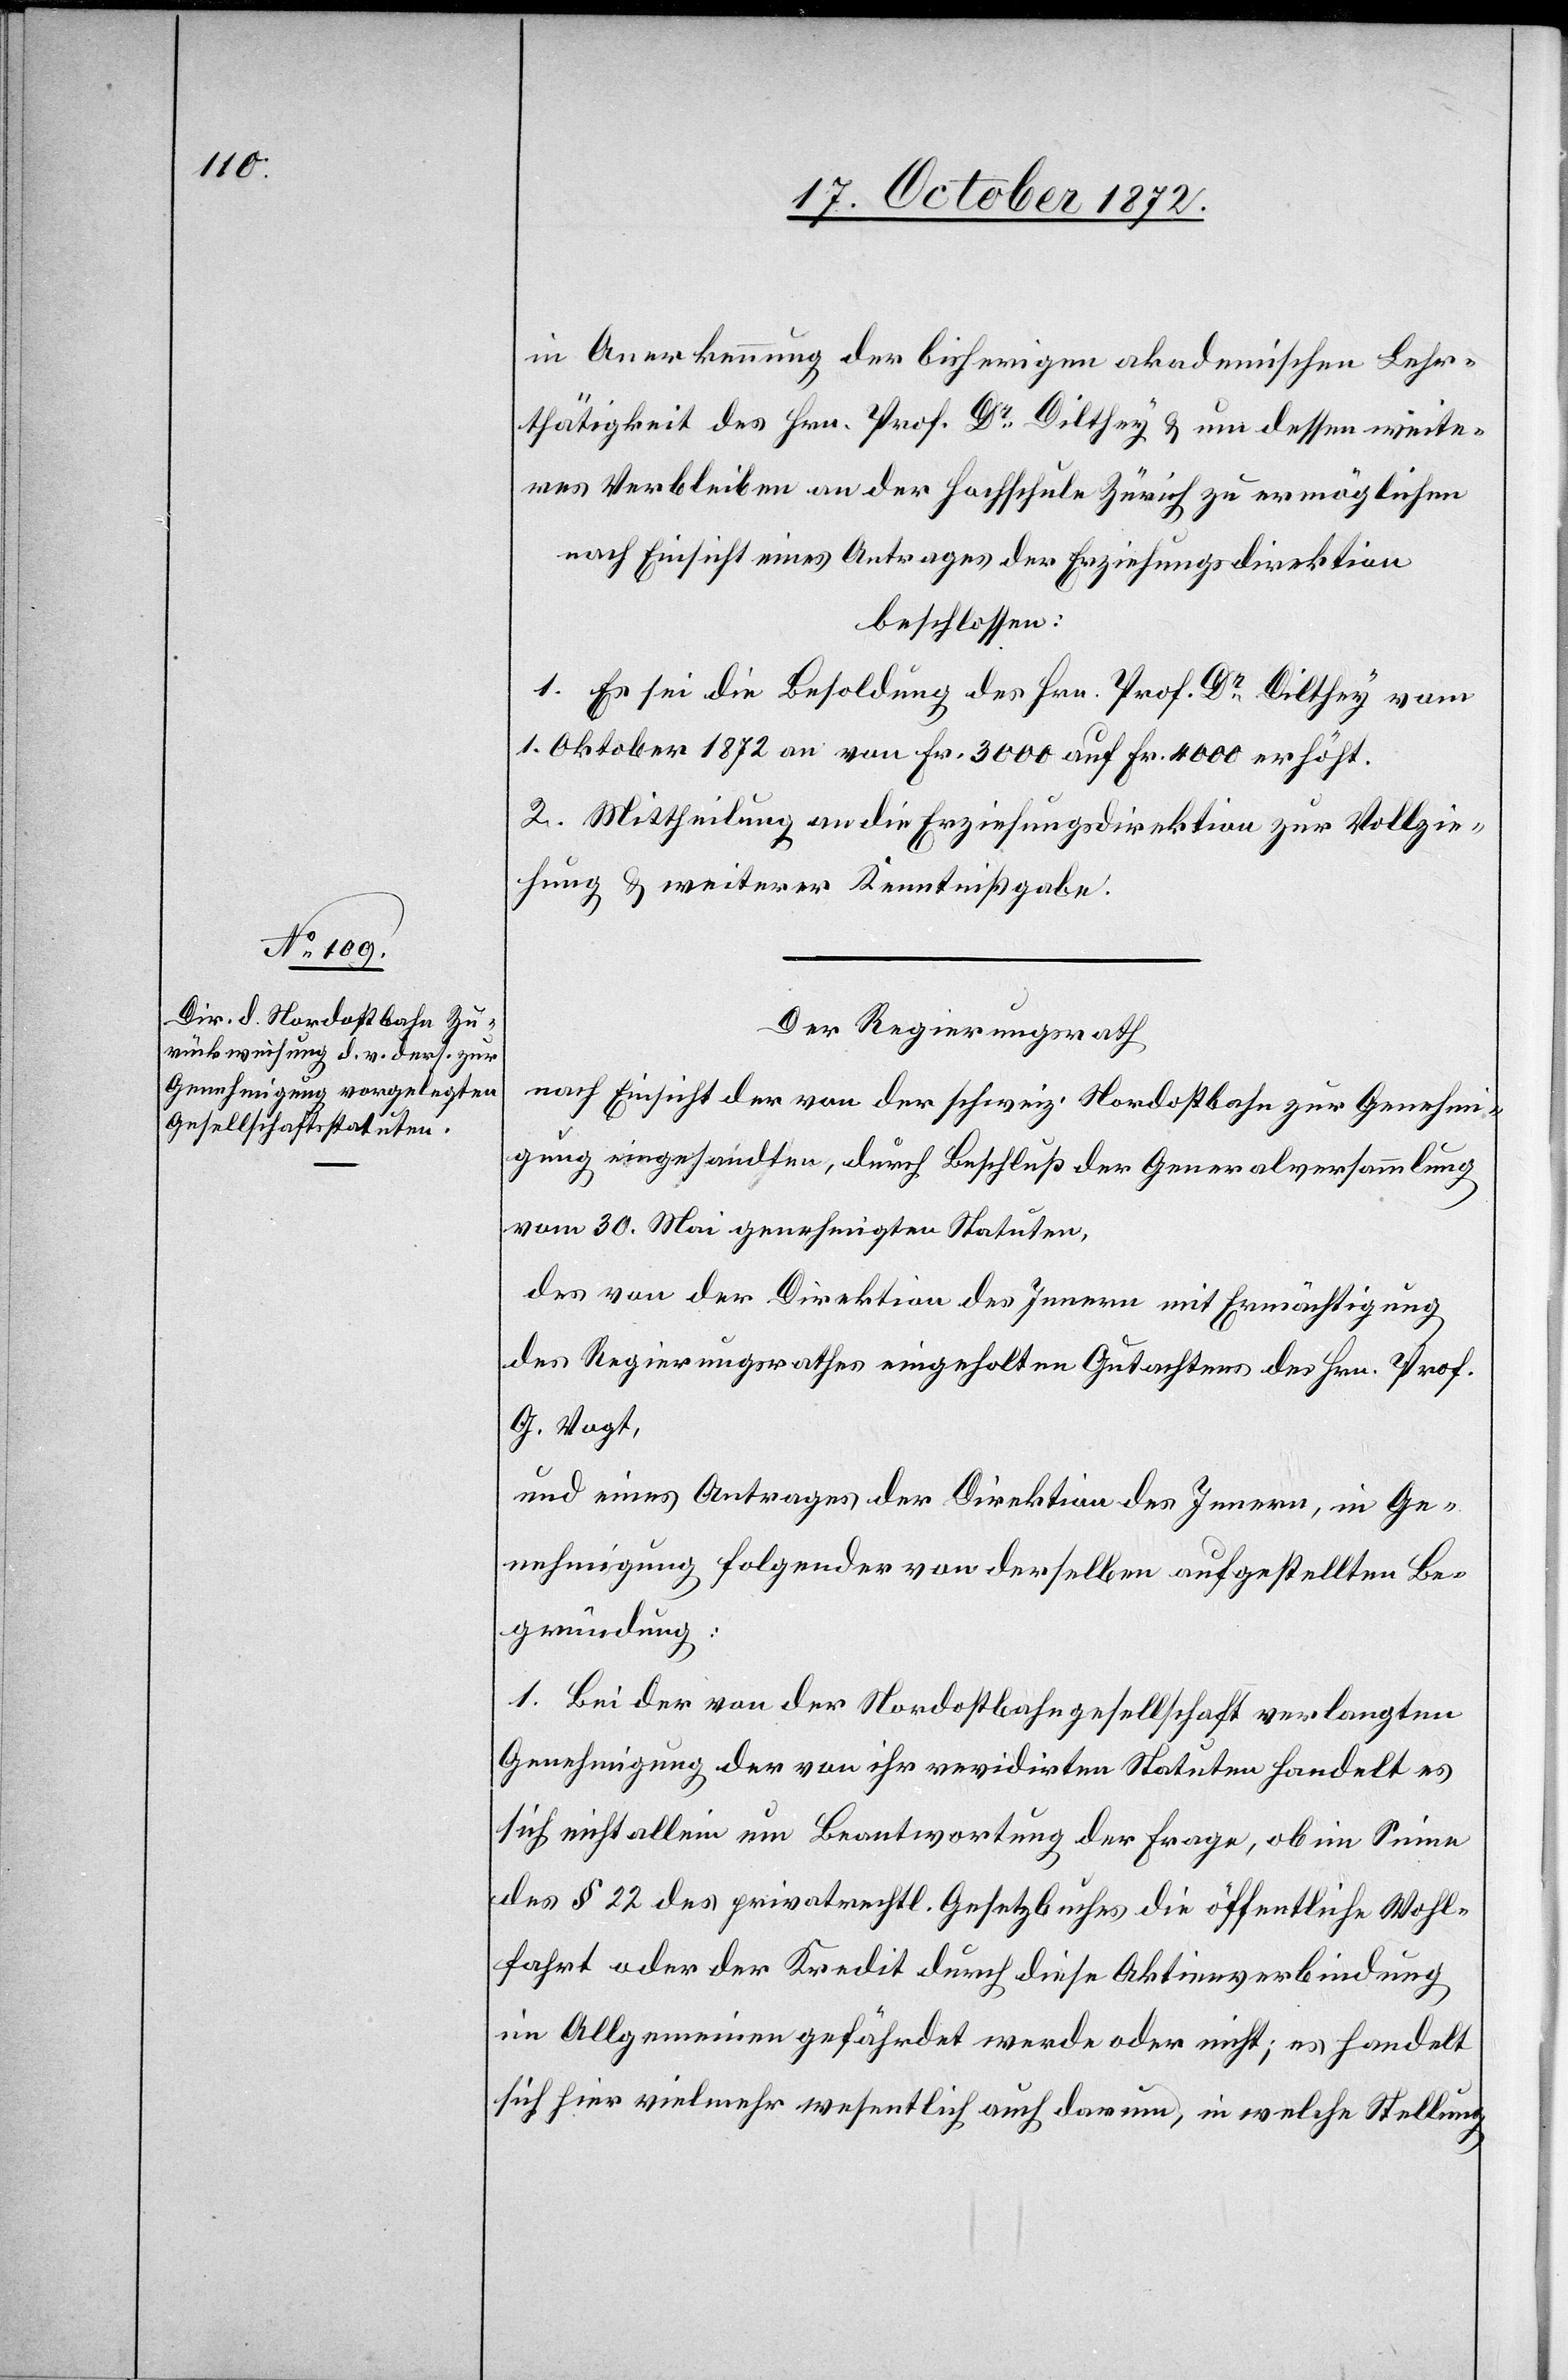
in Anerkennung der bisherigen akademischen Lehr¬
thätigkeit des Hrn. Prof. Dr Dilthey u. um dessen weite¬
res Verbleiben an der Hochschule Zürich zu ermöglichen
nach Einsicht eines Antrages der Erziehungsdirektion
beschlossen:
1. Es sei die Besoldung des Hrn. Prof. Dr Dilthey vom
1. Oktober 1872 an von Fr. 3000 auf Fr. 4000 erhöht.
2. Mittheilung an die Erziehungsdirektion zur Vollzie¬
hung u. weiterer Kenntnißgabe.
Der Regierungsrath
nach Einsicht der von der schweiz. Nordostbahn zur Genehmi¬
gung eingesandten, durch Beschluß der Generalversammlung
vom 30. Mai genehmigten Statuten,
des von der Direktion des Innern mit Ermächtigung
des Regierungsrathes eingeholten Gutachtens des Hrn. Prof.
G. Vogt,
und eines Antrages der Direktion des Innern, in Ge¬
nehmigung folgender von derselben aufgestellten Be¬
gründung:
1. Bei der von der Nordostbahngesellschaft verlangten
Genehmigung der von ihr revidirten Statuten handelt es
sich nicht allein um Beantwortung der Frage, ob im Sinne
des § 22 des privatrechtl. Gesetzbuches die öffentliche Wohl¬
fahrt oder der Kredit durch diese Aktienverbindung
im Allgemeinen gefährdet werde oder nicht; es handelt
sich hier vielmehr wesentlich auch darum, in welche Stellung